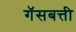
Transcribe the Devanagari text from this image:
गॅसबत्ती